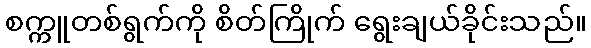
စက္ကူတစ်ရွက်ကို စိတ်ကြိုက် ရွေးချယ်ခိုင်းသည်။